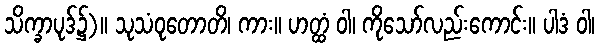
သိက္ခာပုဒ်၌)။ သုသံဝုတောတိ၊ ကား။ ဟတ္ထံ ဝါ၊ ကိုသော်လည်းကောင်း။ ပါဒံ ဝါ၊